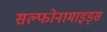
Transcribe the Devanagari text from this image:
सल्फोनामाइड्स